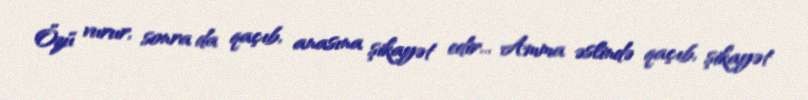
Özü vurur, sonra da qaçıb, anasına şikayət edir... Amma əslində qaçıb, şikayət